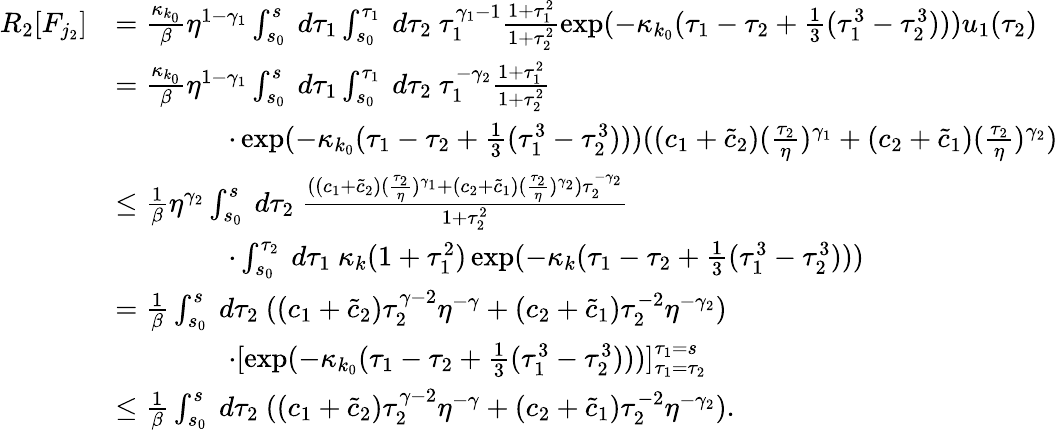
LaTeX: \begin{array}{rl}{R_{2}[F_{j_{2}}]}&{=\frac{\kappa_{k_{0}}}\beta\eta^{1-\gamma_{1}}\int_{s_{0}}^{s}\ d\tau_{1}\int_{s_{0}}^{\tau_{1}}\ d\tau_{2}\ \tau_{1}^{\gamma_{1}-1}\frac{1+\tau_{1}^{2}}{1+\tau_{2}^{2}}\exp(-\kappa_{k_{0}}(\tau_{1}-\tau_{2}+\frac 13(\tau_{1}^{3}-\tau_{2}^{3})))u_{1}(\tau_{2})}\\ &{=\frac{\kappa_{k_{0}}}\beta\eta^{1-\gamma_{1}}\int_{s_{0}}^{s}\ d\tau_{1}\int_{s_{0}}^{\tau_{1}}\ d\tau_{2}\ \tau_{1}^{-\gamma_{2}}\frac{1+\tau_{1}^{2}}{1+\tau_{2}^{2}}}\\ &{\qquad\qquad\cdot\exp(-\kappa_{k_{0}}(\tau_{1}-\tau_{2}+\frac 13(\tau_{1}^{3}-\tau_{2}^{3})))((c_{1}+\tilde{c}_{2})(\frac{\tau_{2}}\eta)^{\gamma_{1}}+(c_{2}+\tilde{c}_{1})(\frac{\tau_{2}}\eta)^{\gamma_{2}})}\\ &{\le\frac 1\beta\eta^{\gamma_{2}}\int_{s_{0}}^{s}\ d\tau_{2}\ \frac{((c_{1}+\tilde{c}_{2})(\frac{\tau_{2}}\eta)^{\gamma_{1}}+(c_{2}+\tilde{c}_{1})(\frac{\tau_{2}}\eta)^{\gamma_{2}})\tau_{2}^{-\gamma_{2}}}{1+\tau_{2}^{2}}}\\ &{\qquad\qquad\cdot\int_{s_{0}}^{\tau_{2}}\ d\tau_{1}\ \kappa_{k}(1+\tau_{1}^{2})\exp(-\kappa_{k}(\tau_{1}-\tau_{2}+\frac 13(\tau_{1}^{3}-\tau_{2}^{3})))}\\ &{=\frac{1}\beta\int_{s_{0}}^{s}\ d\tau_{2}\ ((c_{1}+\tilde{c}_{2})\tau_{2}^{\gamma-2}\eta^{-\gamma}+(c_{2}+\tilde{c}_{1})\tau_{2}^{-2}\eta^{-\gamma_{2}})}\\ &{\qquad\qquad\cdot[\exp(-\kappa_{k_{0}}(\tau_{1}-\tau_{2}+\frac 13(\tau_{1}^{3}-\tau_{2}^{3})))]_{\tau_{1}=\tau_{2}}^{\tau_{1}=s}}\\ &{\le\frac{1}\beta\int_{s_{0}}^{s}\ d\tau_{2}\ ((c_{1}+\tilde{c}_{2})\tau_{2}^{\gamma-2}\eta^{-\gamma}+(c_{2}+\tilde{c}_{1})\tau_{2}^{-2}\eta^{-\gamma_{2}}).}\end{array}